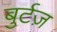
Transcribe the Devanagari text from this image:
बुर्टज़